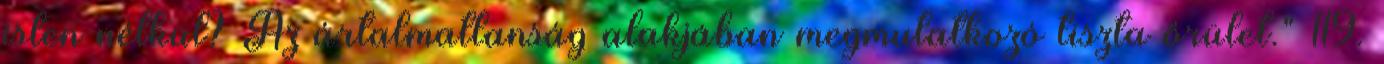
isten nélkül? Az ártalmatlanság alakjában megmutatkozó tiszta őrület." 119.